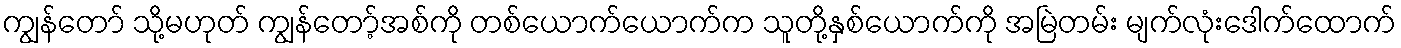
ကျွန်တော် သို့မဟုတ် ကျွန်တော့်အစ်ကို တစ်ယောက်ယောက်က သူတို့နှစ်ယောက်ကို အမြဲတမ်း မျက်လုံးဒေါက်ထောက်